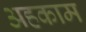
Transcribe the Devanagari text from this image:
अहकाम